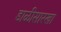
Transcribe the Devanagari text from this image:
डाळीसारखा